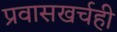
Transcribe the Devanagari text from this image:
प्रवासखर्चही